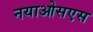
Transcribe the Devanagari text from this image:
नयाओसएस